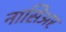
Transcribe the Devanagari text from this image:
नासिअर